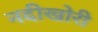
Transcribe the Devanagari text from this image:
नदीखोरी